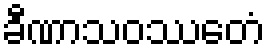
ခီဏာသဝဿေတံ